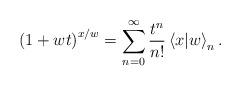
LaTeX: \begin{align*}\left( 1+w t\right) ^{x/w }=\sum\limits_{n=0}^{\infty }\frac{t^{n}}{n!}\left\langle x|w \right\rangle _{n}.\end{align*}